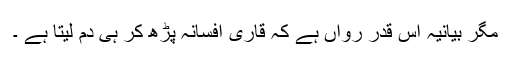
مگر بیانیہ اس قدر رواں ہے کہ قاری افسانہ پڑھ کر ہی دم لیتا ہے ۔